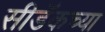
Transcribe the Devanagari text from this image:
सीडॅकच्या